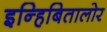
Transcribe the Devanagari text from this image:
इन्हिबितालोर